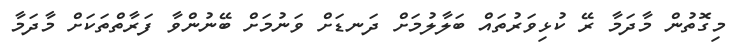
މިގޮތުން މާދަމާ ރޭ ކުޅިވަރުތައް ބަލާލުމަށް ދަނޑަށް ވަނުމަށް ބޭނުންވާ ފަރާތްތަކަށް މާދަމާ